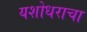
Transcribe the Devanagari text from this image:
यशोधराचा